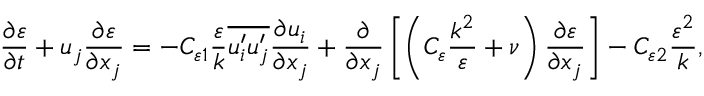
\frac { \partial \varepsilon } { \partial t } + u _ { j } \frac { \partial \varepsilon } { \partial x _ { j } } = - C _ { \varepsilon 1 } \frac { \varepsilon } { k } \overline { { u _ { i } ^ { \prime } u _ { j } ^ { \prime } } } \frac { \partial u _ { i } } { \partial x _ { j } } + \frac { \partial } { \partial x _ { j } } \left[ \left( C _ { \varepsilon } \frac { k ^ { 2 } } { \varepsilon } + \nu \right) \frac { \partial \varepsilon } { \partial x _ { j } } \right] - C _ { \varepsilon 2 } \frac { \varepsilon ^ { 2 } } { k } ,